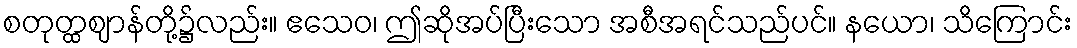
စတုတ္ထဈာန်တို့၌လည်း။ ဧသေဝ၊ ဤဆိုအပ်ပြီးသော အစီအရင်သည်ပင်။ နယော၊ သိကြောင်း